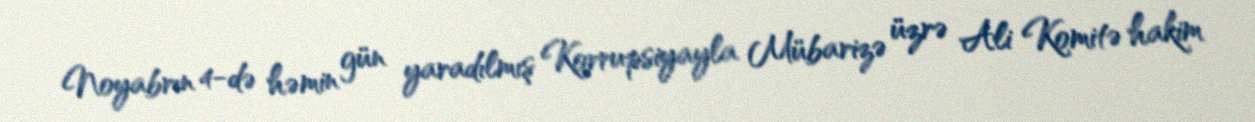
Noyabrın 4-də həmin gün yaradılmış Korrupsiyayla Mübarizə üzrə Ali Komitə hakim